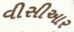
વીસીઆર